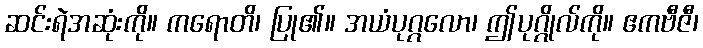
ဆင်းရဲအဆုံးကို။ ကရောတိ၊ ပြု၏။ အယံပုဂ္ဂလော၊ ဤပုဂ္ဂိုလ်ကို။ ဧကဗီဇီ၊